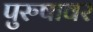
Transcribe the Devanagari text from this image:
पुरुषावर